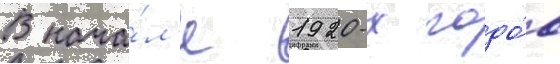
В нача́л'е 1920-х годо́в